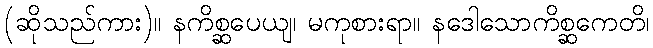
(ဆိုသည်ကား)။ နကိစ္ဆပေယျ၊ မကုစားရာ။ နဒေါသောကိစ္ဆကေတိ၊